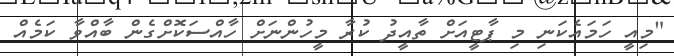
"މިއީ ހަމައެކަނި މި ޕާޓީއަށް ތާއީދު ކުރާ މީހުންނަށް ހާއްސަކޮށްގެން ބާއްވާ ކަމެއް